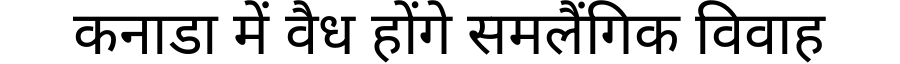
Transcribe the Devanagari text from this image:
कनाडा में वैध होंगे समलैंगिक विवाह